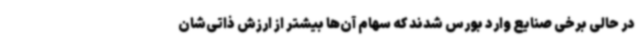
در حالی برخی صنایع وارد بورس شدند که سهام آن‌ها بیشتر از ارزش ذاتی‌شان